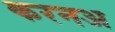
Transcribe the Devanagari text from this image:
करनअ